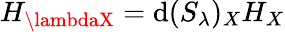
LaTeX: H_{\lambdaX}=\mathrm{d}(S_{\lambda})_{X}H_{X}